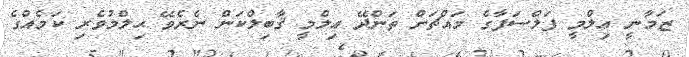
ޒަމާނީ ޢިލްމީ ފަލްސަފާގެ މައްޗަށް ތަންދޭ ޢިލްމީ ޤާބިލްކަން ނެރެވޭ ޙިލްމުވެރި ކަމެއްގެ